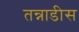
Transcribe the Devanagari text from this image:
तन्नाडीस